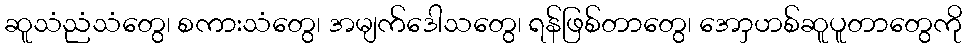
ဆူသံညံသံတွေ၊ စကားသံတွေ၊ အမျက်ဒေါသတွေ၊ ရန်ဖြစ်တာတွေ၊ အောှဟစ်ဆူပူတာတွေကို